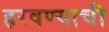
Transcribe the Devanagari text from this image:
हरवण्याची